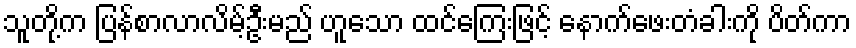
သူတို့က ပြန်စာလာလိမ့်ဦးမည် ဟူသော ထင်ကြေးဖြင့် နောက်ဖေးတံခါးကို ပိတ်ကာ